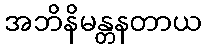
အဘိနိမန္တနတာယ